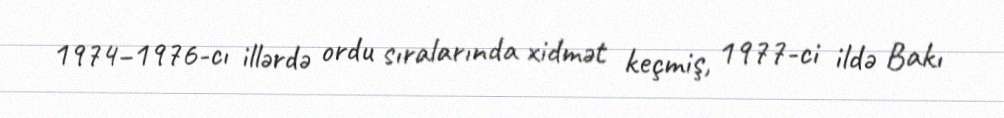
1974–1976-cı illərdə ordu sıralarında xidmət keçmiş, 1977-ci ildə Bakı